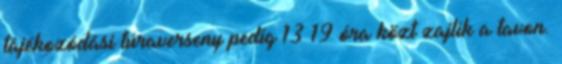
tájékozódási túraverseny pedig 13–19 óra közt zajlik a tavon.